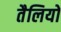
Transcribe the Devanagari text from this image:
तैलियों